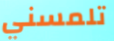
تلمسني